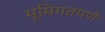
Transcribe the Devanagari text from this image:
भूमिगतपणे